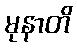
မုနာတိ